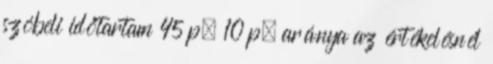
szóbeli időtartam 45 p. 10 p. aránya az értékelésnél